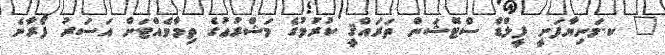
_ ކ.މަނިޔާފަށީ ފީލްޑް ސްޓޭޝަން ތަރައްޤީ ކުރުމުގެ މަޝްރުޢުގެ ތިމާވެއްޓަށް އަސަރު ފޯރާނެ